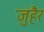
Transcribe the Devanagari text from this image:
जुहैर